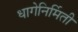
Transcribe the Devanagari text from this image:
धागेनिर्मिती